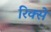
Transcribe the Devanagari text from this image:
रिक्से